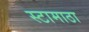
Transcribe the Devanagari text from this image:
स्टामाठा